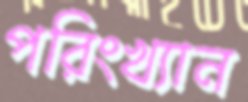
পরিংখ্যান